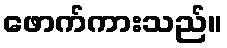
ဖောက်ကားသည်။